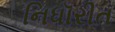
નિધૉરીત